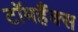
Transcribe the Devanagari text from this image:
टॉमहैंक्स